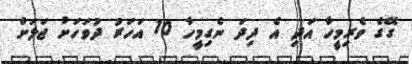
ގޭގެ ވެރިމީހާ އަދި އެ ދިދަ ނެގިމީހާ 10 އަހަރު ދުވަހަށް ޖަލަށް